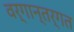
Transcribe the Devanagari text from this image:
वर्गान्तर्गत